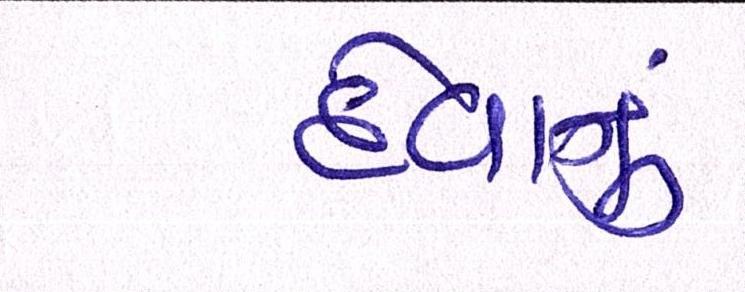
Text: દેવાનું